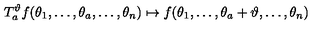
T _ { a } ^ { \vartheta } f ( \theta _ { 1 } , \ldots , \theta _ { a } , \ldots , \theta _ { n } ) \mapsto f ( \theta _ { 1 } , \ldots , \theta _ { a } + \vartheta , \ldots , \theta _ { n } ) \,